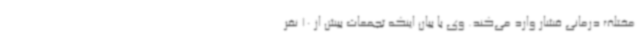
مختلف درمانی فشار وارد می‌کند. وی با بیان اینکه تجمعات بیش از 10 نفر